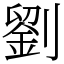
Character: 劉